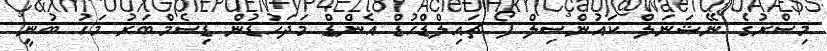
މިސްރުގެ ނޭޝަނަލް ކައުންސިލް ފޯ ޗައިލްޑްހުޑް އެންޑް މަދަހުޑުން ޑިސެމްބަރު މަހު ބުނީ